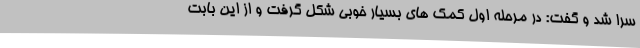
سرا شد و گفت: در مرحله اول کمک های بسیار خوبی شکل گرفت و از این بابت